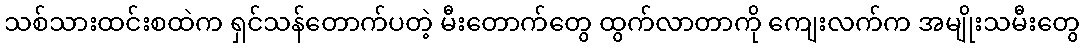
သစ်သားထင်းစထဲက ရှင်သန်တောက်ပတဲ့ မီးတောက်တွေ ထွက်လာတာကို ကျေးလက်က အမျိုးသမီးတွေ